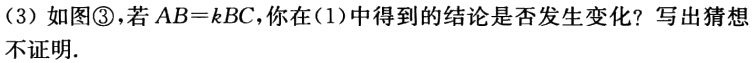
（3）如图\textcircled{3}，若\(AB = kBC\)，你在（1）中得到的结论是否发生变化？写出猜想
不证明.